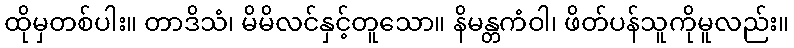
ထိုမှတစ်ပါး။ တာဒိသံ၊ မိမိလင်နှင့်တူသော။ နိမန္တကံဝါ၊ ဖိတ်ပန်သူကိုမူလည်း။